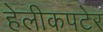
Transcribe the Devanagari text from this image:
हेलीकपटेर